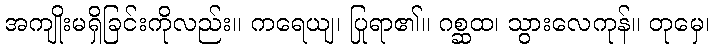
အကျိုးမရှိခြင်းကိုလည်း။ ကရေယျ၊ ပြုရာ၏။ ဂစ္ဆထ၊ သွားလေကုန်။ တုမှေ၊